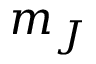
m _ { J }